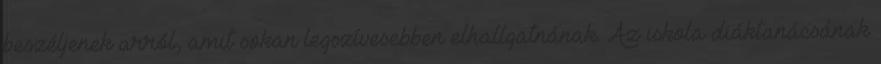
beszéljenek arról, amit sokan legszívesebben elhallgatnának. Az iskola diáktanácsának